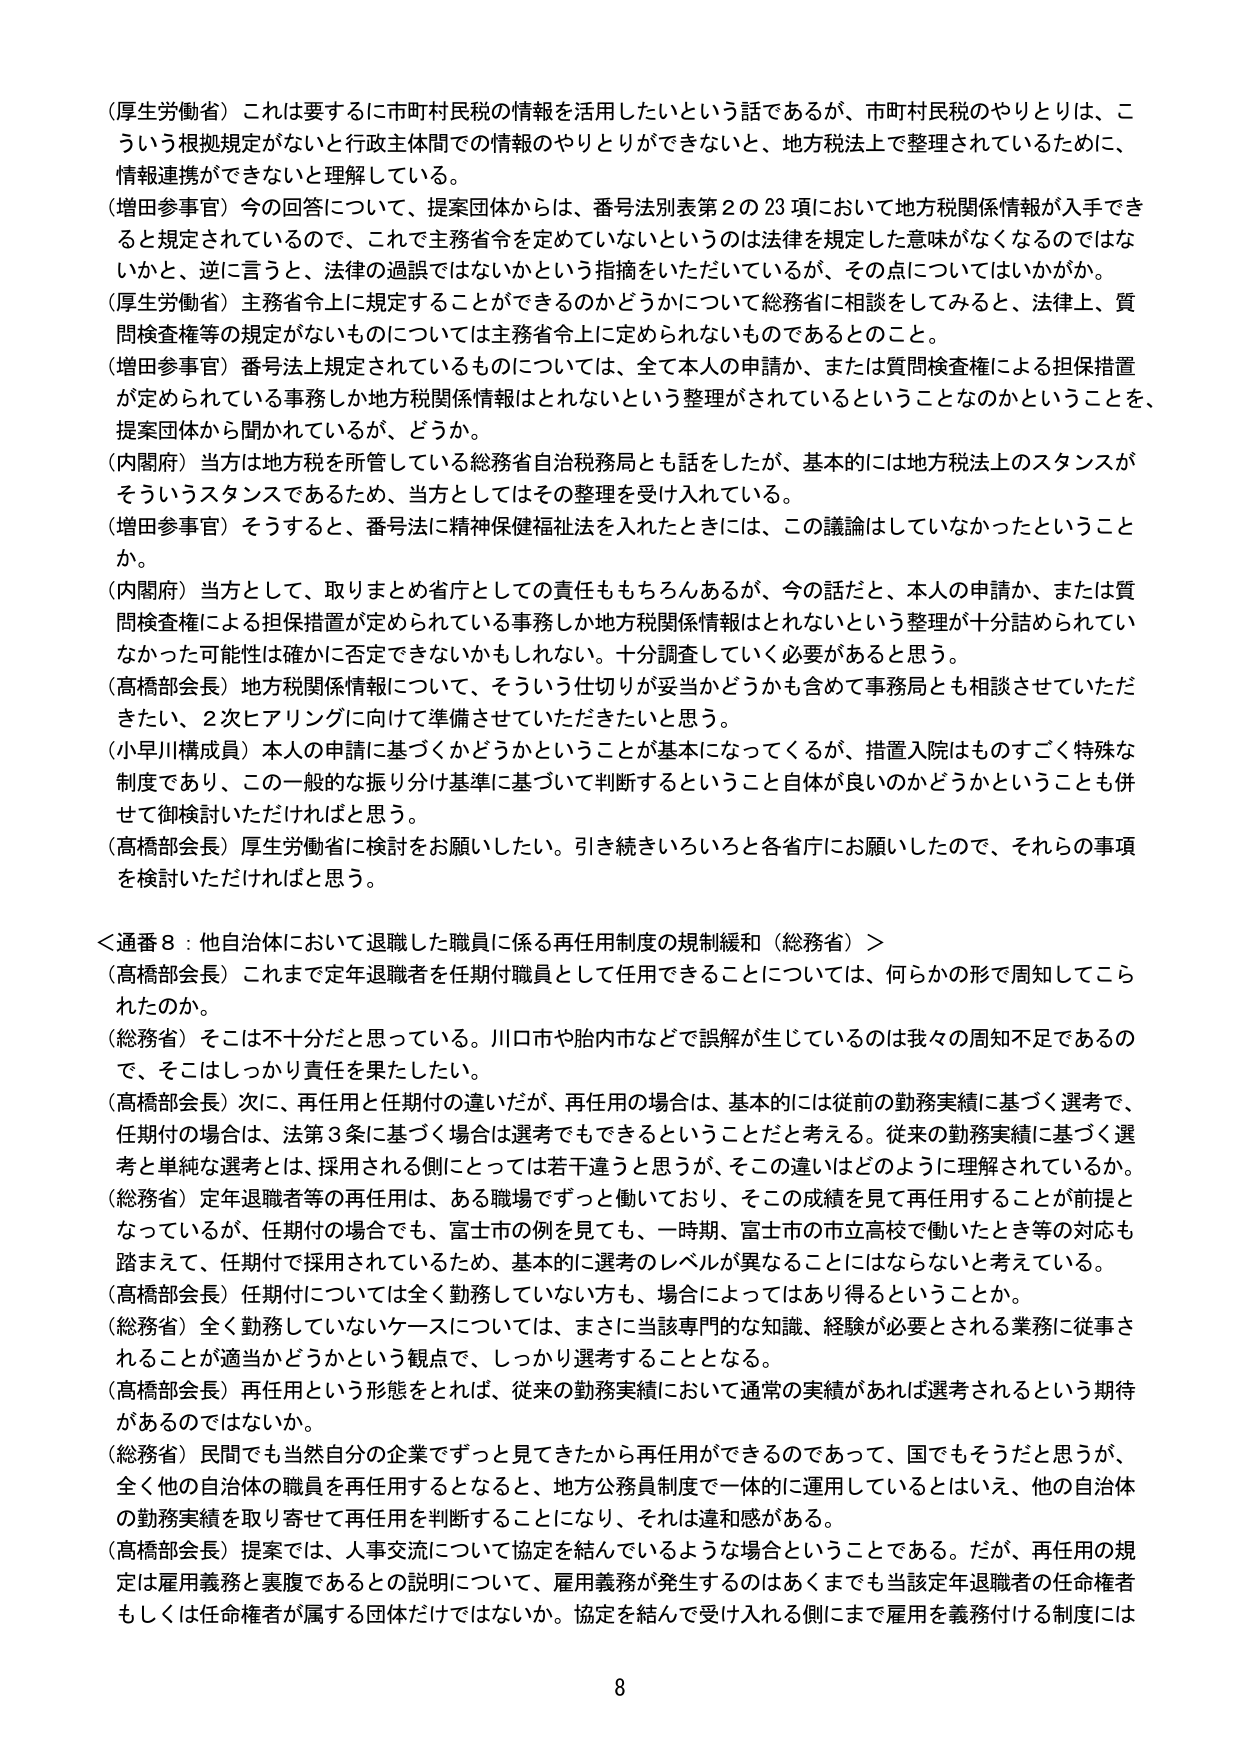
（厚生労働省）これは要するに市町村民税の情報を活用したいという話であるが、市町村民税のやりとりは、こういう根拠規定がないと行政主体間での情報のやりとりができないと、地方税法上で整理されているために、情報連携ができないと理解している。

（増田参事官）今の回答について、提案団体からは、番号法別表第2の23項において地方税関係情報が入手できると規定されているので、これで主務省令を定めていないというのは法律を規定した意味がなくなるのではないかと、逆に言うと、法律の過誤ではないかという指摘をいただいているが、その点についてはいかがか。

（厚生労働省）主務省令上に規定することができるのかどうかについて総務省に相談をしてみると、法律上、質問検査権等の規定がないものについては主務省令上に定められないものであるとのこと。

（増田参事官）番号法上規定されているものについては、全て本人の申請か、または質問検査権による担保措置が定められている事務しか地方税関係情報はとれないという整理がされているということなのかということを、提案団体から聞かれているが、どうか。

（内閣府）当方は地方税を所管している総務省自治税務局とも話をしたが、基本的には地方税法上のスタンスがそういうスタンスであるため、当方としてはその整理を受け入れている。

（増田参事官）そうすると、番号法に精神保健福祉法を入れたときには、この議論はしていなかったということか。

（内閣府）当方として、取りまとめ省庁としての責任ももちろんあるが、今の話だと、本人の申請か、または質問検査権による担保措置が定められている事務しか地方税関係情報はとれないという整理が十分詰められていなかった可能性は確かに否定できないかもしれない。十分調査していく必要があると思う。

（高橋部会長）地方税関係情報について、そういう仕切りが妥当かどうかも含めて事務局とも相談させていただきたい、2次ヒアリングに向けて準備させていただきたいと思う。

（小早川構成員）本人の申請に基づくかどうかということが基本になってくるが、措置入院はものすごく特殊な制度であり、この一般的な振り分け基準に基づいて判断するということ自体が良いのかどうかということも併せて御検討いただければと思う。

（高橋部会長）厚生労働省に検討をお願いしたい。引き続きいろいろと各省庁にお願いしたので、それらの事項を検討いただければと思う。

＜通番8：他自治体において退職した職員に係る再任用制度の規制緩和（総務省）＞

（高橋部会長）これまで定年退職者を任期付職員として任用できることについては、何らかの形で周知してこられたのか。

（総務省）そこは不十分だと思っている。川口市や胎内市などで誤解が生じているのは我々の周知不足であるので、そこはしっかり責任を果たしたい。

（高橋部会長）次に、再任用と任期付の違いだが、再任用の場合は、基本的には従前の勤務実績に基づく選考で、任期付の場合は、法第3条に基づく場合は選考でもできるということだと考える。従来の勤務実績に基づく選考と単純な選考とは、採用される側にとっては若干違うと思うが、その違いはどのように理解されているか。

（総務省）定年退職者等の再任用は、ある職場でずっと働いており、そこの成績を見て再任用することが前提となっているが、任期付の場合でも、富士市の例を見ても、一時期、富士市の市立高校で働いたとき等の対応も踏まえて、任期付で採用されているため、基本的に選考のレベルが異なることにはならないと考えている。

（高橋部会長）任期付については全く勤務していない方も、場合によってはあり得るということか。

（総務省）全く勤務していないケースについては、まさに当該専門的な知識、経験が必要とされる業務に従事されることが適当かどうかという観点で、しっかり選考することとなる。

（高橋部会長）再任用という形態をとれば、従来の勤務実績において通常の実績があれば選考されるという期待があるのではないか。

（総務省）民間でも当然自分の企業でずっと見てきたから再任用ができるのであって、国でもそうだと思うが、全く他の自治体の職員を再任用するとなると、地方公務員制度で一体的に運用しているとはいえ、他の自治体の勤務実績を取り寄せて再任用を判断することになり、それは違和感がある。

（高橋部会長）提案では、人事交流について協定を結んでいるような場合ということである。だが、再任用の規定は雇用義務と裏腹であるとの説明について、雇用義務が発生するのはあくまでも当該定年退職者の任命権者もしくは任命権者が属する団体だけではないか。協定を結んで受け入れる側にまで雇用を義務付ける制度には

8